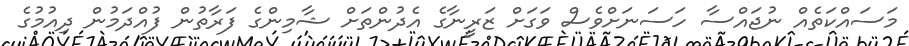
މަސައްކަތެއް ނުޖައްސާ ހަސަނަށްވެސް ވަގަށް ޒަރީނާގެ އެދުންތަށް ޝާމިންގެ ފަރާތުން ފުއްދަމުން ދިއުމުގެ